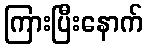
ကြားပြီးနောက်